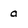
Character: a